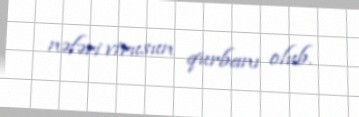
nəfəri virusun qurbanı olub.